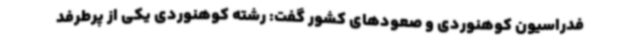
فدراسیون کوهنوردی و صعودهای کشور گفت: رشته کوهنوردی یکی از پرطرفد